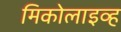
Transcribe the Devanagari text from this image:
मिकोलाइव्ह